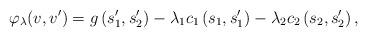
LaTeX: \begin{align*}\varphi_\lambda(v, v^\prime) = g\left(s_1^\prime, s_2^\prime\right) - \lambda_1 c_1 \left(s_1, s_1^\prime\right) -\lambda_2 c_2 \left(s_2, s_2^\prime\right),\end{align*}